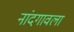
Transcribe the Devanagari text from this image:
नांदगावला